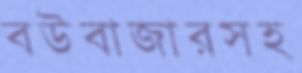
বউবাজারসহ